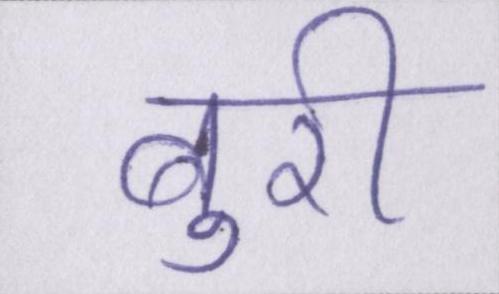
बुरी